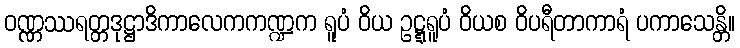
ဝဏ္ဏဿရတ္တဒုဋ္ဌာဒိကာလေကကဏ္ဍက ရူပံ ဝိယ ဥဋ္ဋရူပံ ဝိယစ ဝိပရီတာကာရံ ပကာသေန္တိ။